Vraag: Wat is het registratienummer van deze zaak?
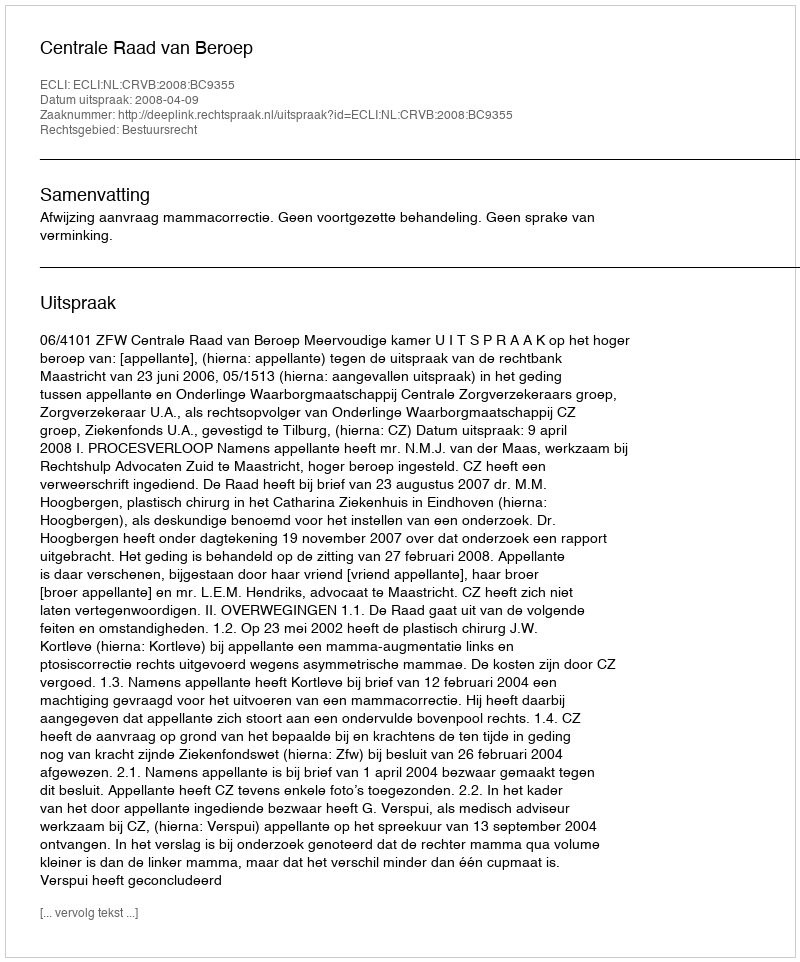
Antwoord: http://deeplink.rechtspraak.nl/uitspraak?id=ECLI:NL:CRVB:2008:BC9355